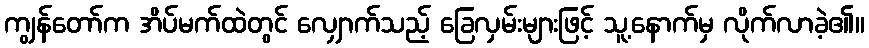
ကျွန်တော်က အိပ်မက်ထဲတွင် လျှောက်သည့် ခြေလှမ်းများဖြင့် သူ့နောက်မှ လိုက်လာခဲ့၏။